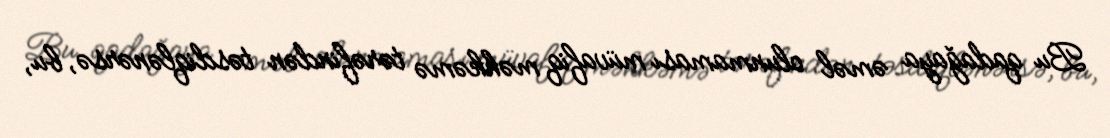
Bu qadağaya əməl olunmaması müvafiq məhkəmə tərəfindən təsdiqlənərsə, bu,